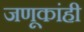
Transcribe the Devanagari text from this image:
जणूकांही